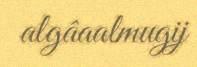
algâaalmugij